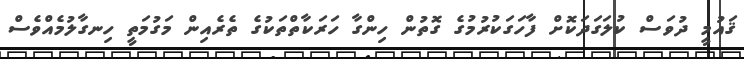
ޤައުމީ ދުވަސް ކުލަގަދަކޮށް ފާހަގަކުރުމުގެ ގޮތުން ހިންގާ ހަރަކާތްތަކުގެ ތެރެއިން މަގުމަތީ ހިނގާލުމެއްވެސް